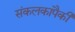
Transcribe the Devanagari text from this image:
संकलकांपैकी